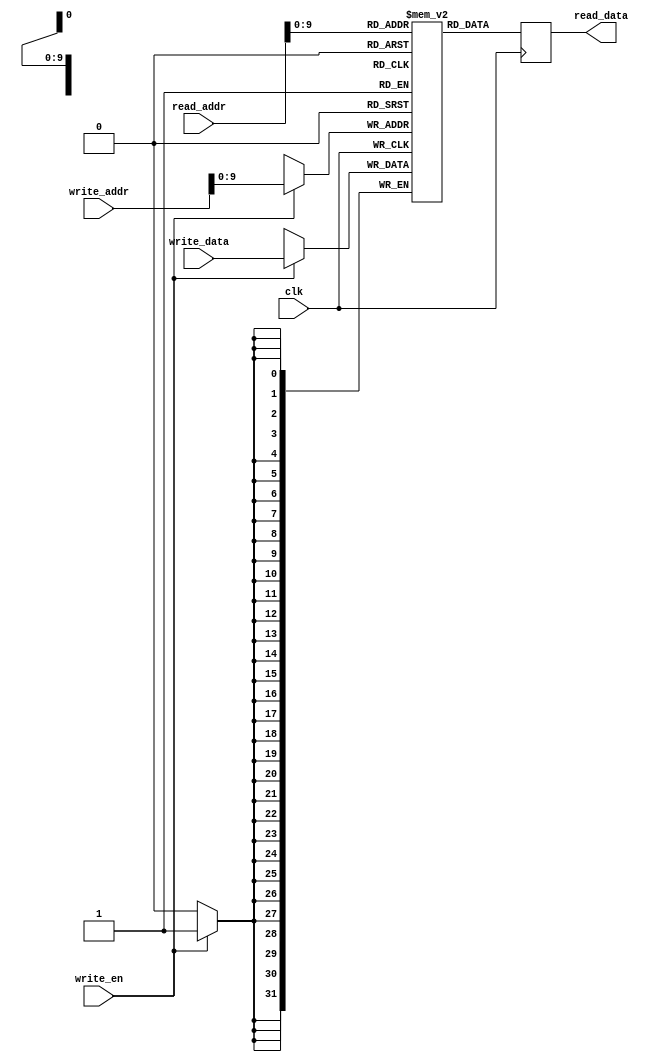
module dual_port_ram(
    input wire clk,
    input wire write_en,
    input wire [31:0] write_data,
    input wire [10:0] write_addr,
    output reg [31:0] read_data,
    input wire [10:0] read_addr
);

reg [31:0] mem [0:1023];

always @(posedge clk) begin
    if(write_en) begin
        mem[write_addr] <= write_data;
    end
    read_data <= mem[read_addr];
end

endmodule